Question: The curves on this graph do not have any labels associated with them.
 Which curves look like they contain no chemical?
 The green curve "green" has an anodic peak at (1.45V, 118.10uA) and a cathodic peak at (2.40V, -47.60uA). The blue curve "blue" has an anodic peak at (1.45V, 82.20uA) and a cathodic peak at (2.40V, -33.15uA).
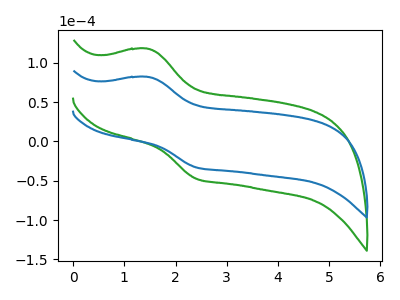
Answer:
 <answer>There are not any CV's on this graph that are likely to be blanks.</answer>
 <eval>none</eval>